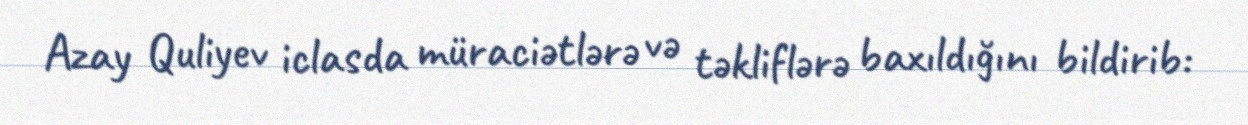
Azay Quliyev iclasda müraciətlərə və təkliflərə baxıldığını bildirib: